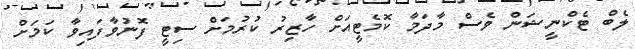
ލެބް ޓެކްނީޝަން ވެސް މާދަމާ ކޮމެޓީއަށް ހާޒިރު ކުރުމަށް ސިޓީ ފޮނުވާފައިވާ ކަމަށް